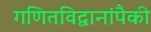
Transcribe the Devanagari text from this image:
गणितविद्वानांपैकी